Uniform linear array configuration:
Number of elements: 8
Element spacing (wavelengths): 0.5
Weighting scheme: blackman
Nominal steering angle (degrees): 60
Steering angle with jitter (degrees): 58.134
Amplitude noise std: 0.05
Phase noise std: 0.05

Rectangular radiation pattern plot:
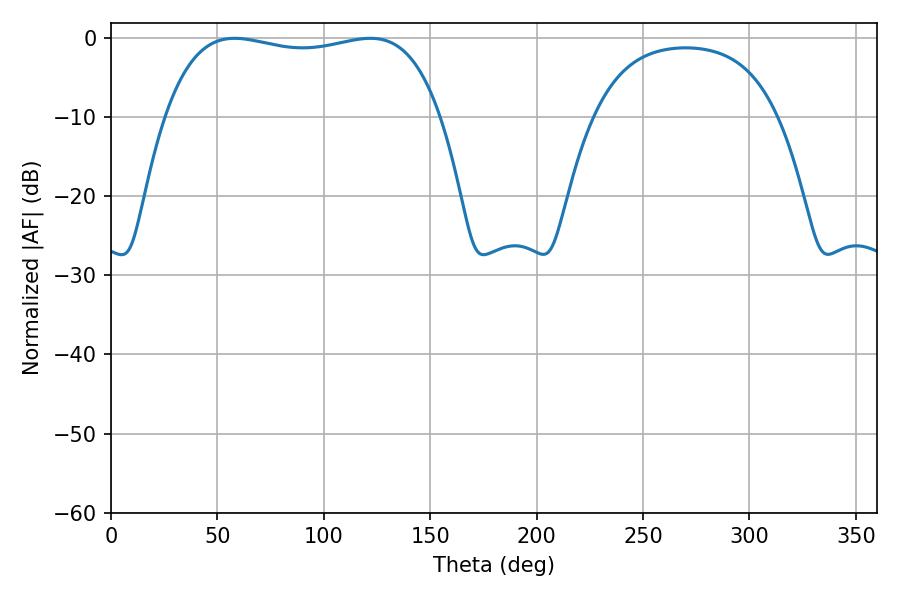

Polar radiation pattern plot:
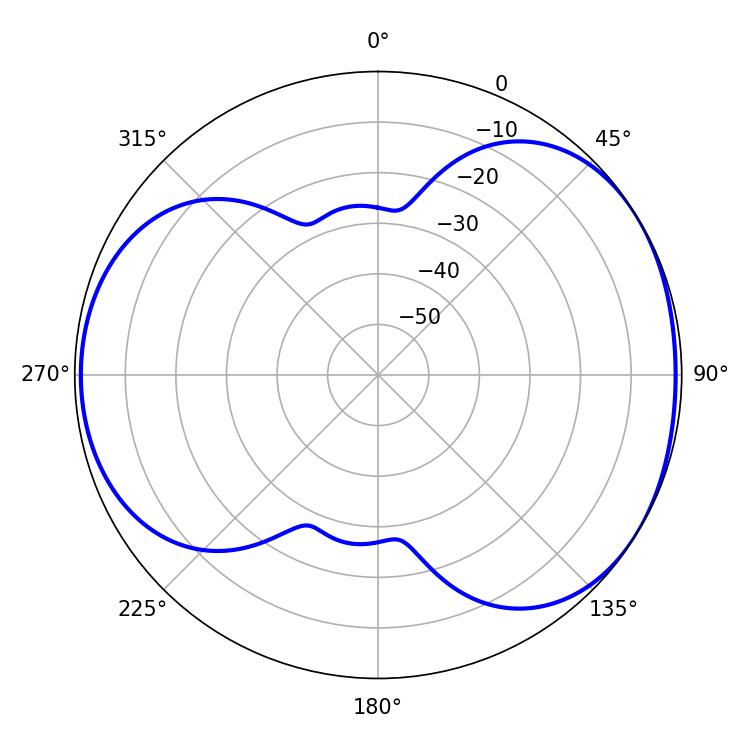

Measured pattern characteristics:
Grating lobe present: FALSE
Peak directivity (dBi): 4.569
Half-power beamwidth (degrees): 104.4
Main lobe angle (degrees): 58.14